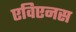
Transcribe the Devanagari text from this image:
एविएनस